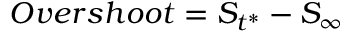
\begin{array} { r } { O v e r s h o o t = S _ { t ^ { * } } - S _ { \infty } } \end{array}